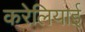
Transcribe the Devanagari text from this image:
करेलियाई